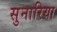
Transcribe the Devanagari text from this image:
सुनारिया